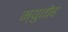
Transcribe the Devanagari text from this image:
म्युतोह